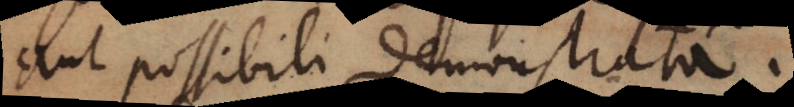
aut possibili demonstrata.